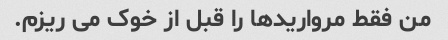
من فقط مرواریدها را قبل از خوک می ریزم.